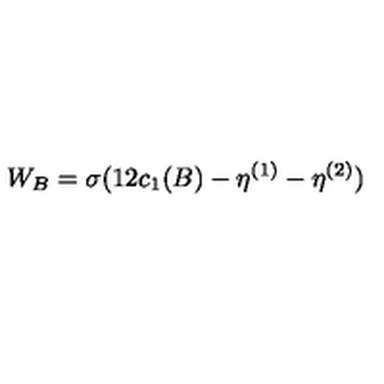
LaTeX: W _ { B } = \sigma ( 1 2 c _ { 1 } ( B ) - \eta ^ { ( 1 ) } - \eta ^ { ( 2 ) } )